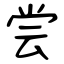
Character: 尝